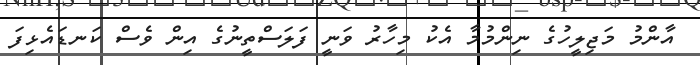
އާންމު މަޖިލީހުގެ ނިންމުމާ އެކު މިހާރު ވަނީ ފަލަސްތީނުގެ އިން ވެސް ކަނޑައެޅިފަ